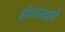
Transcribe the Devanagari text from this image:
हॉटलाइनें